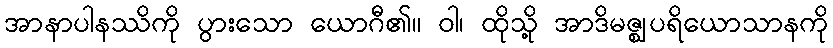
အာနာပါနဿိကို ပွားသော ယောဂီ၏။ ဝါ၊ ထိုသို့ အာဒိမဇ္ဈပရိယောသာနကို